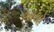
આથો